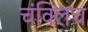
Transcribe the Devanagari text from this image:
चंक्लिच